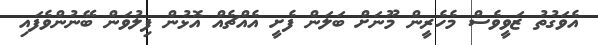
އެވަގުތު ޒަވީވެސް މެހެރީން މޫނަށް ބަލަން ފެށީ އެއްޗެއް އޮޅުން ފިލުވަން ބޭނުންވެފައި